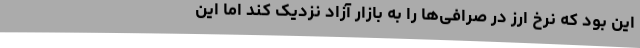
این بود که نرخ ارز در صرافی‌ها را به بازار آزاد نزدیک کند اما این